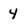
Character: 4